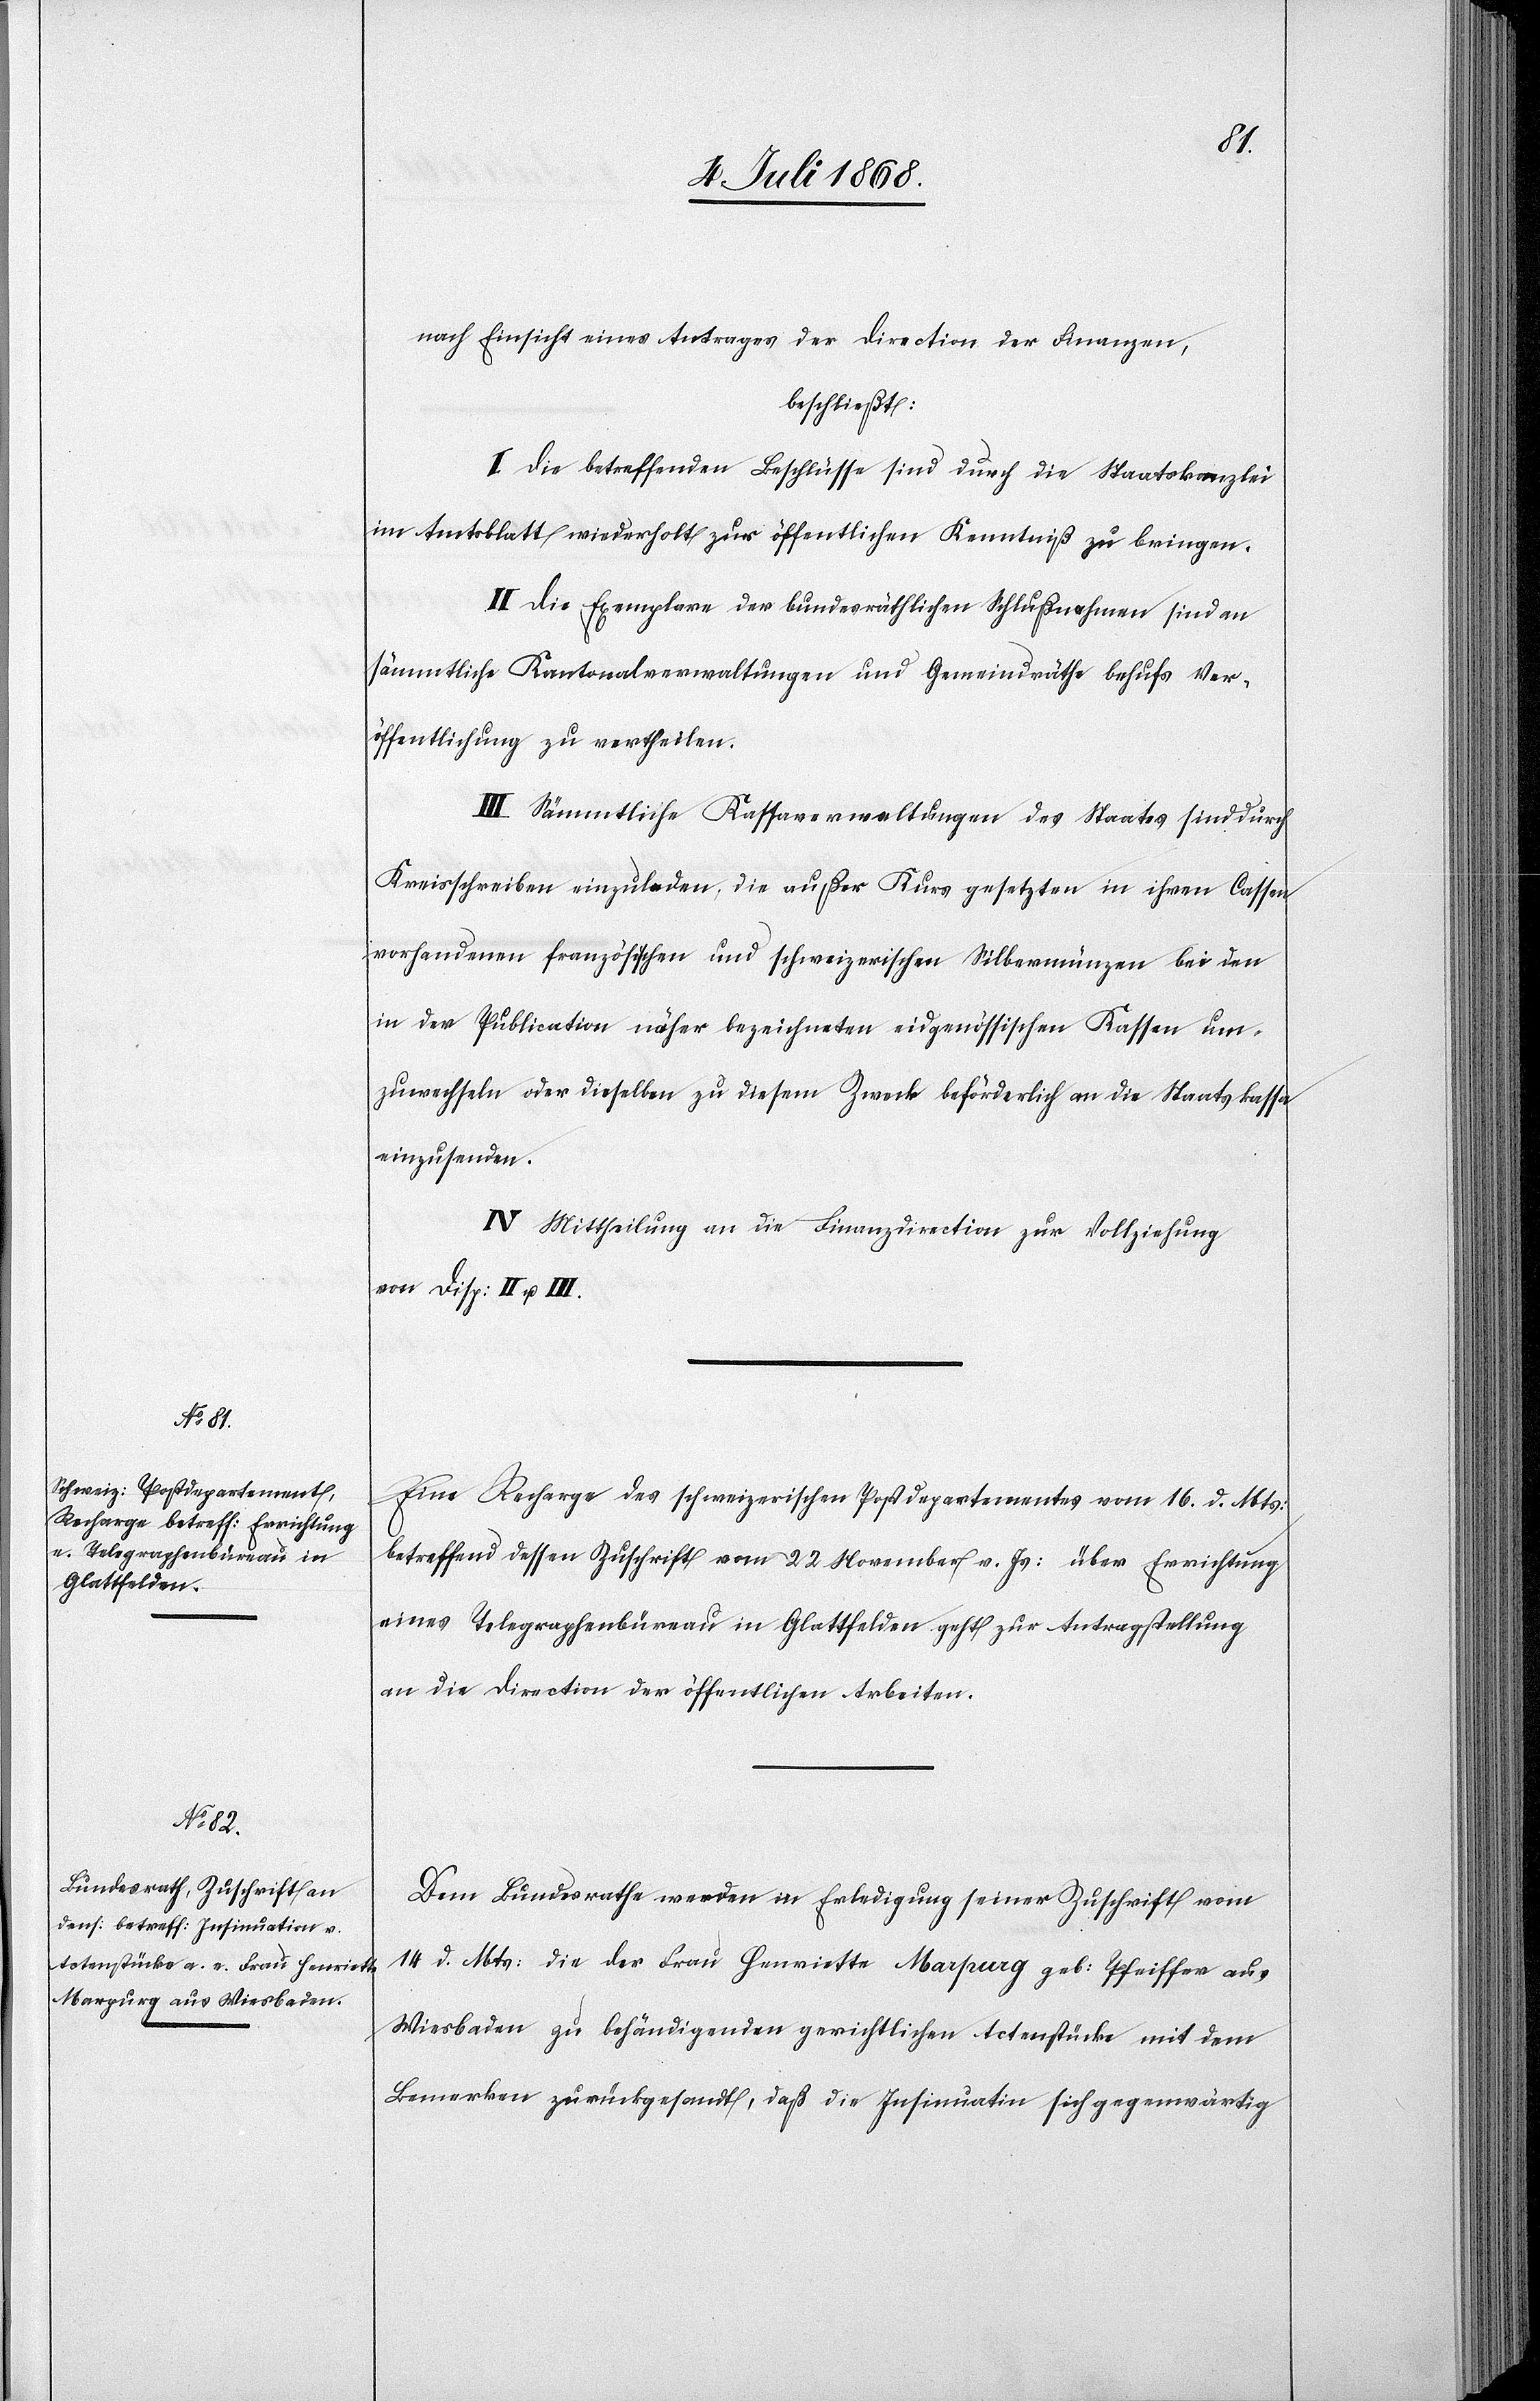
20. Juli 1868]
nach Einsicht eines Antrages der Direction der Finanzen,
beschließt:
I. Die betreffenden Beschlüsse sind durch die Staatskanzlei
im Amtsblatt wiederholt zur öffentlichen Kenntniß zu bringen.
II. Die Exemplare der bundesräthlichen Schlußnahmen sind an
sämmtliche Kantonalverwaltungen und Gemeindräthe behufs Ver¬
öffentlichung zu vertheilen.
III. Sämmtliche Kassaverwaltungen des Staates sind durch
Kreisschreiben einzuladen, die außer Kurs gesetzten in ihren Cassen
vorhandenen französischen und schweizerischen Silbermünzen bei den
in der Publication näher bezeichneten eidgenössischen Kassen um¬
zuwechseln oder dieselben zu diesem Zweck beförderlich an die Staatskassa
einzusenden.
IV. Mittheilung an die Finanzdirection zur Vollziehung
von Disp: II u. III.
Eine Recharge des schweizerischen Postdepartementes vom 16. d. Mts:
betreffend dessen Zuschrift vom 22 November v. Js: über Errichtung
eines Telegraphenbüreau in Glattfelden geht zur Antragstellung
an die Direction der öffentlichen Arbeiten.
Dem Bundesrathe werden in Erledigung seiner Zuschrift vom
14 d. Mts: die der Frau Henriette Marpurg geb: Pfeiffer aus
Wiesbaden zu behändigenden gerichtlichen Actenstücke mit dem
Bemerken zurückgesandt, daß die Insinuatin sich gegenwärtig